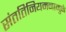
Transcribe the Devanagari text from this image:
संततिनियमनामुळे